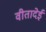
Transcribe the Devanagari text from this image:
वीतादेई